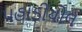
પહાડીયોલ